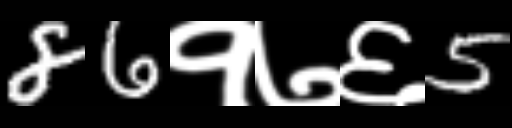
Text: 86१७६5